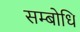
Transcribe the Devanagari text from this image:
सम्‍बोधि